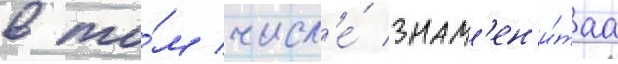
в то́м числ'е́ знам'ен'и́таа